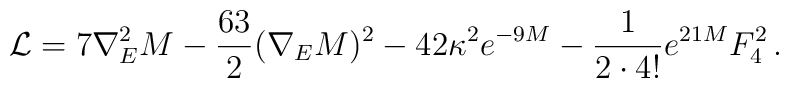
\mathcal{L}=7\nabla ^{2}_{E}M-\frac{63}{2}(\nabla _{E}M)^{2}-42\kappa ^{2}e^{-9M}-\frac{1}{2\cdot 4!}e^{21M}F_{4}^{2}\, .